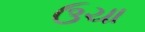
ઉચા